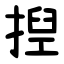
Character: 揑